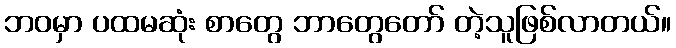
ဘဝမှာ ပထမဆုံး စာတွေ ဘာတွေတော် တဲ့သူဖြစ်လာတယ်။